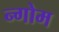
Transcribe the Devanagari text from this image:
न्गोम